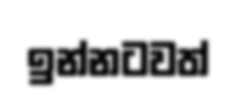
ඉන්නටවත්